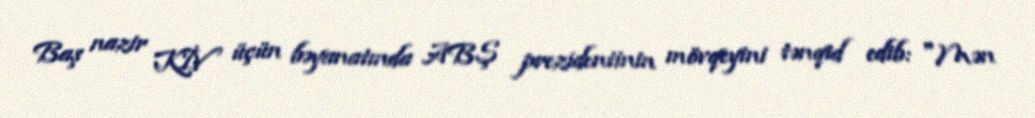
Baş nazir KİV üçün bəyanatında ABŞ prezidentinin mövqeyini tənqid edib: "Mən